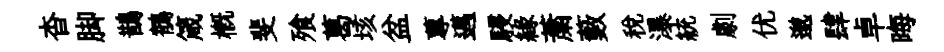
杳脚鵲鶺箴概斐飱葛垓盆蓴邁駸緣䔥藪税瀑統劇优邈肆卓晦